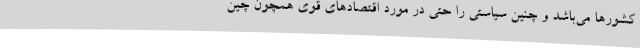
کشورها می‌باشد و چنین سیاستی را حتی در مورد اقتصادهای قوی همچون چین